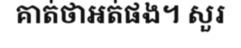
គាត់ថាអត់ផង។ សួរ